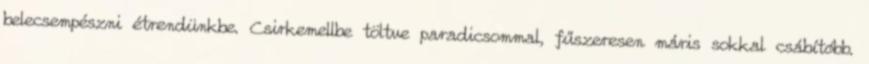
belecsempészni étrendünkbe. Csirkemellbe töltve paradicsommal, fűszeresen máris sokkal csábítóbb.